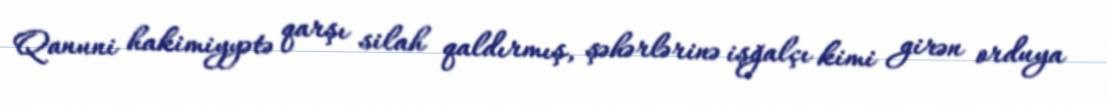
Qanuni hakimiyyətə qarşı silah qaldırmış, şəhərlərinə işğalçı kimi girən orduya